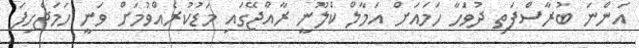
އަންނަ ބުރާސްފަތި ދުވަހާ ހަމައަށް އަމާލް ކްލޫނީ ރާއްޖޭގައި މަޑުކުރެއްވުމަށް ވަނީ ހަމަޖެހިފަ